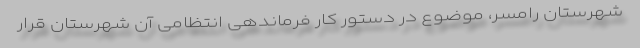
شهرستان رامسر، موضوع در دستور کار فرماندهی انتظامی آن شهرستان قرار